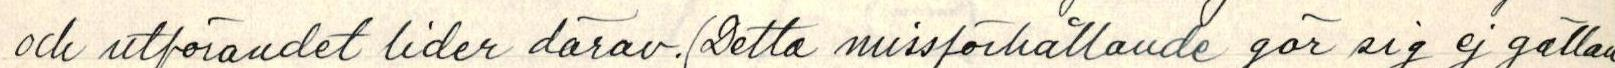
och utförandet lider därav. (Detta missförhållande gör sig ej gällan